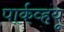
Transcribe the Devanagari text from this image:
पार्कव्हयू